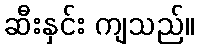
ဆီးနှင်း ကျသည်။